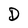
Character: D